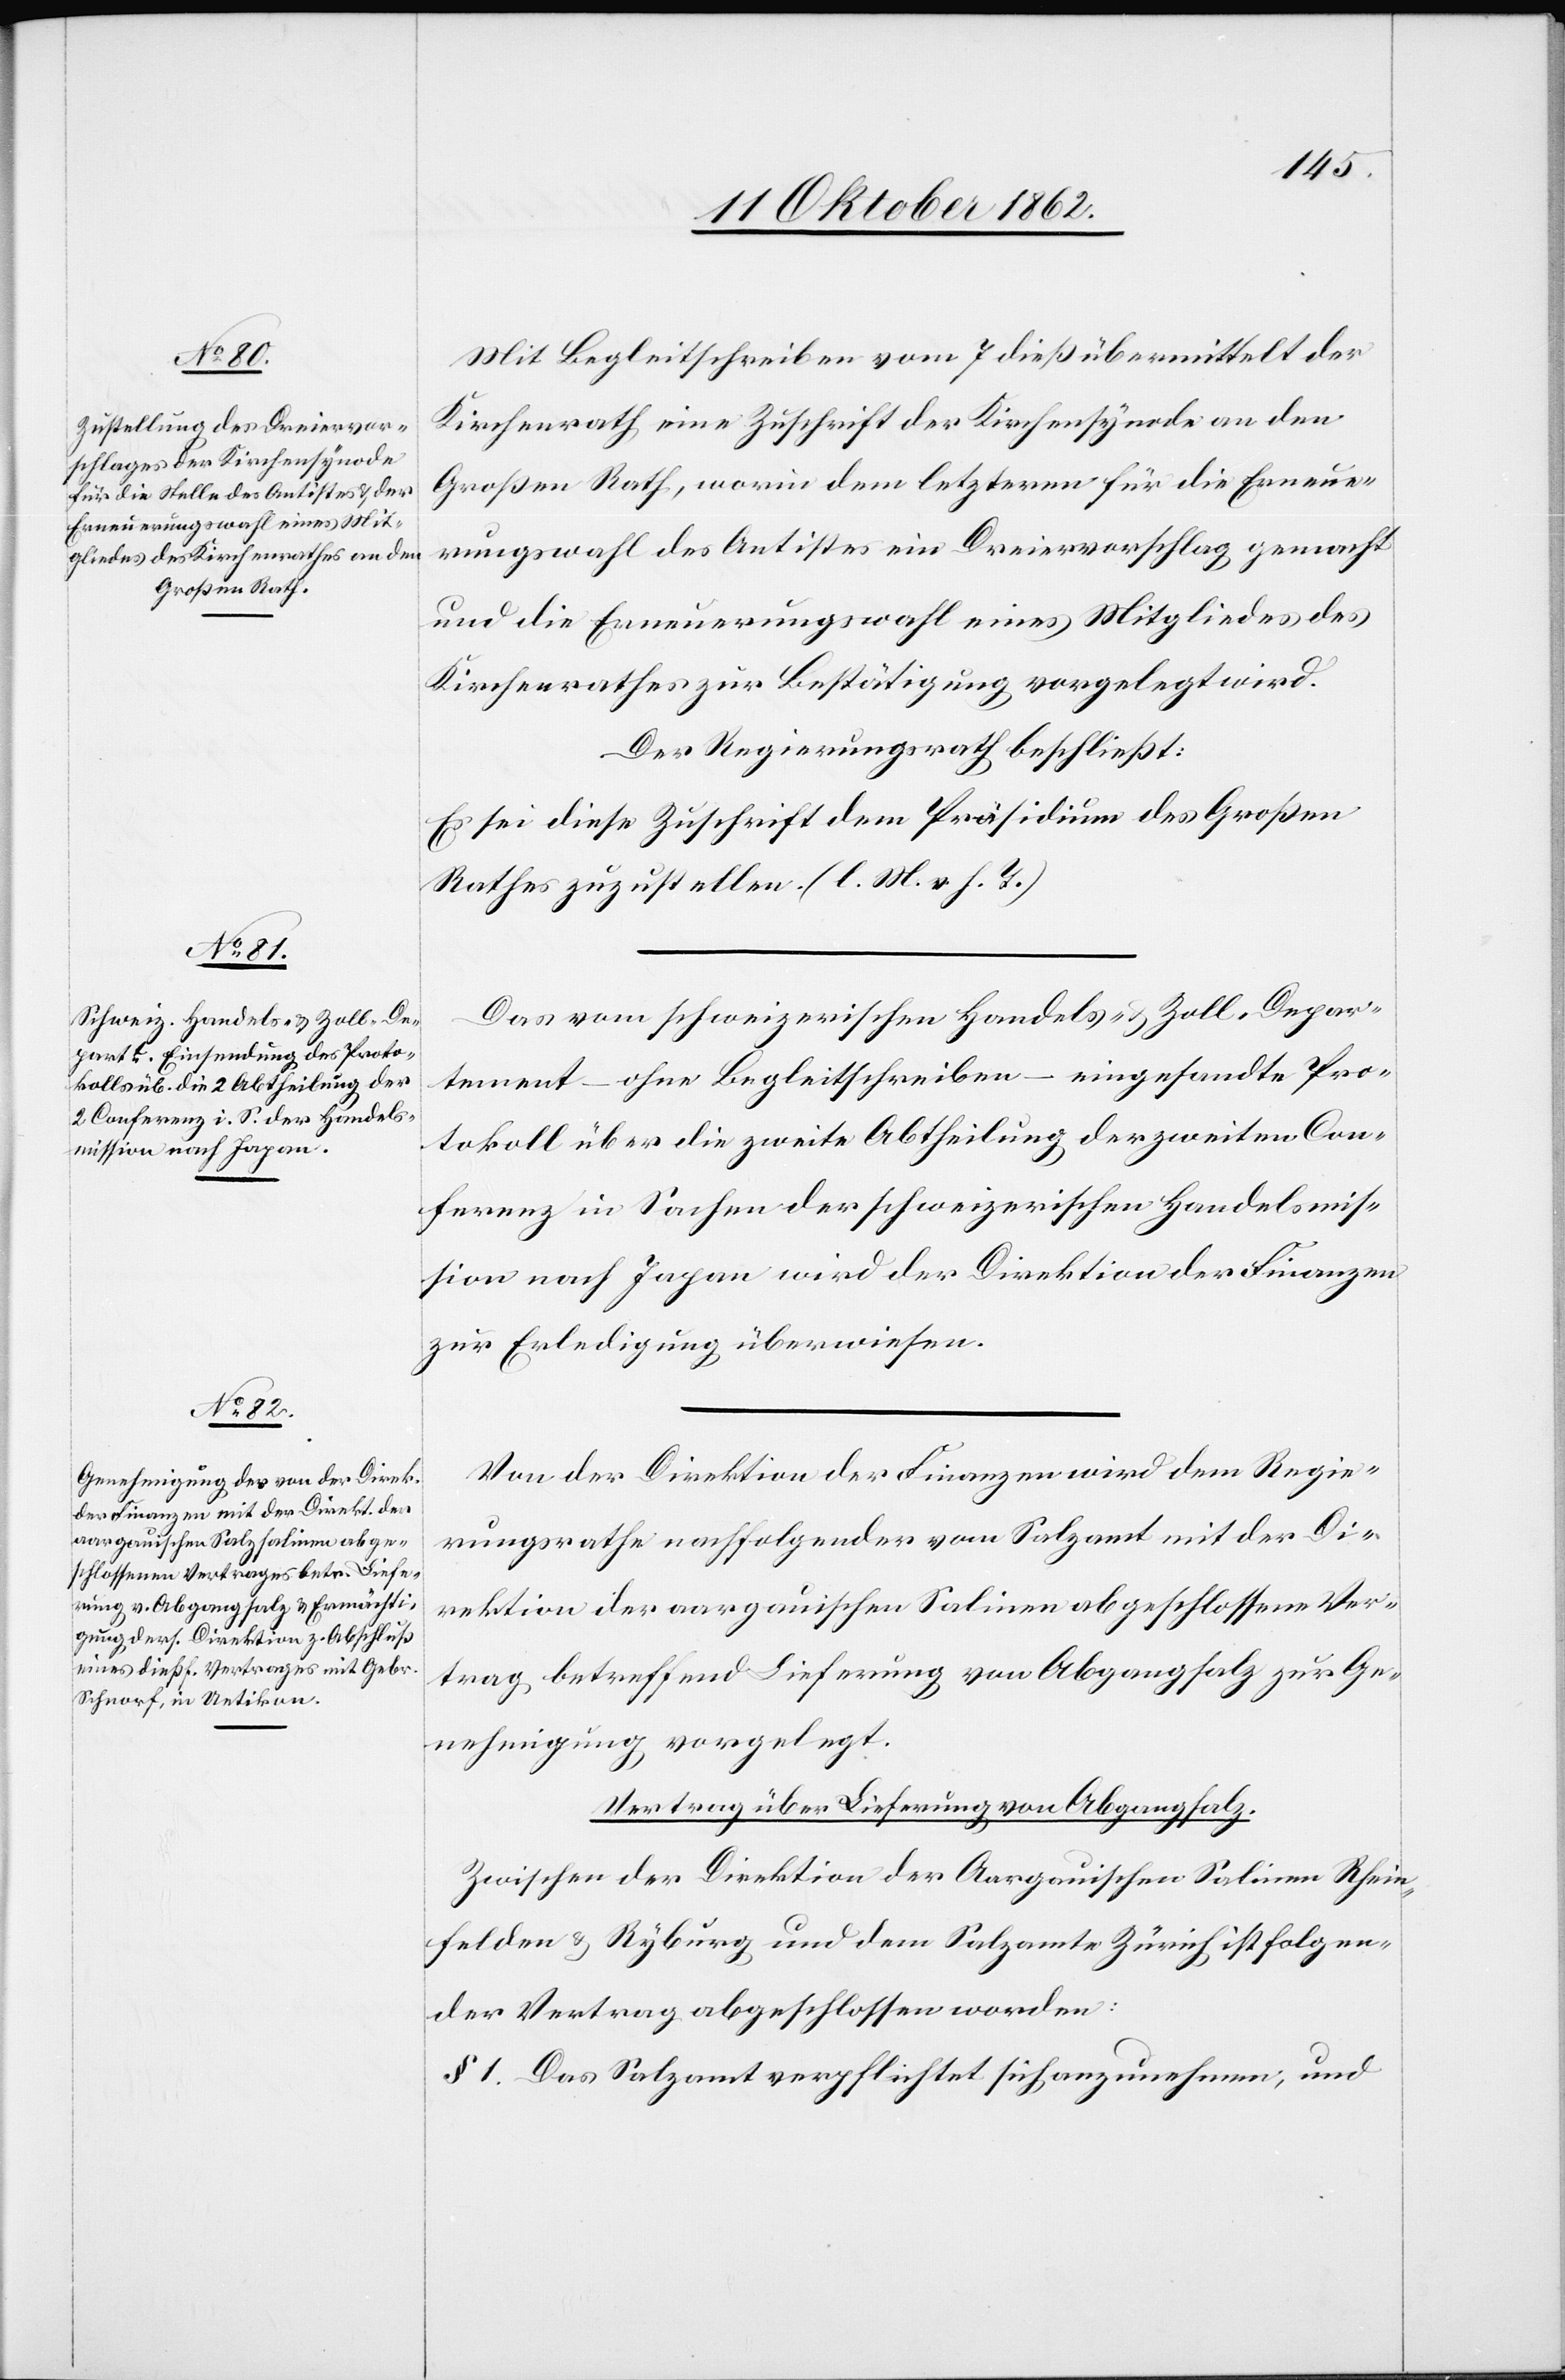
Mit Begleitschreiben vom 7. dieß übermittelt der
Kirchenrath eine Zuschrift der Kirchensynode an den
Großen Rath, worin dem letzteren für die Erneue¬
rungswahl des Antistes ein Dreiervorschlag gemacht
und die Erneuerungswahl eines Mitgliedes des
Kirchenrathes zur Bestätigung vorgelegt wird.
Der Regierungsrath beschließt:
Es sei diese Zuschrift dem Präsidium des Großen
Rathes zuzustellen. (l. M. v. h. T.)
Das vom schweizerischen Handels- u. Zoll-Depar¬
tement – ohne Begleitschreiben – eingesandte Pro¬
tokoll über die zweite Abtheilung der zweiten Con¬
ferenz in Sachen der schweizerischen Handelsmis¬
sion nach Japan wird der Direktion der Finanzen
zur Erledigung überwiesen.
Von der Direktion der Finanzen wird dem Regie¬
rungsrathe nachfolgender vom Salzamt mit der Di¬
rektion der aargauischen Salinen abgeschlossene Ver¬
trag, betreffend Lieferung von Abgangsalz zur Ge¬
nehmigung vorgelegt.
Vertrag über Lieferung von Abgangsalz.
Zwischen der Direktion der Aargauischen Saline Rhein¬
felden u. Ryburg und dem Salzamte Zürich ist folgen¬
der Vertrag abgeschlossen worden:
§ 1 Das Salzamt verpflichtet sich anzunehmen, und